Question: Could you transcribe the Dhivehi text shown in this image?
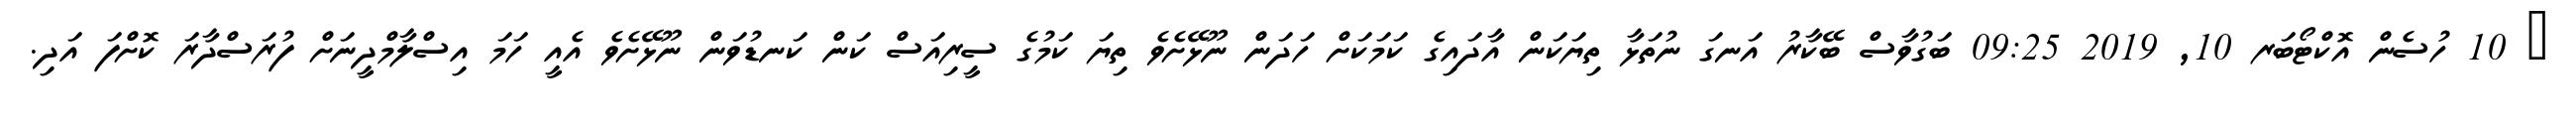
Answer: ? 10 ހުސެން އޮކްޓޯބަރ 10, 2019 09:25 ބަގުވާސް ބޭކާރު އަނގަ ނުތަޅާ ތިޔަކަން އާދައިގެ ކަމަކަށް ހަދަން ނޫޅޭށެވެ ތިޔަ ކަމުގެ ސީރިއަސް ކަން ކަނޑުވަން ނޫޅޭށެވެ އެއީ ހަމަ އިސްލާމްދީނަށް ފުރަސްދާރަ ކޮށްފަ އަދި.